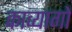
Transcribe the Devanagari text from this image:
काव्यागों